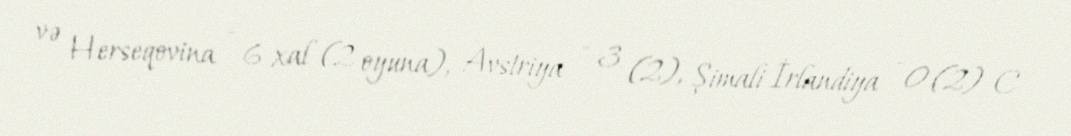
və Herseqovina - 6 xal (2 oyuna), Avstriya - 3 (2), Şimali İrlandiya - 0 (2) C